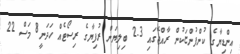
އިންޑިޔާގެ ކުންފުންޏަކުން ރާއްޖޭގައި 2.3 ބިލިޔަން ރުފިޔާގެ ރިސޯޓެއް ހަދަނީ8 މަސް 22